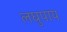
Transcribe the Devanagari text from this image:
लघुपाय